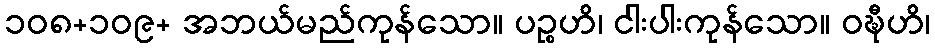
၁၀၈+၁၀၉+ အဘယ်မည်ကုန်သော။ ပဉ္စဟိ၊ ငါးပါးကုန်သော။ ဝဍ္ဎီဟိ၊